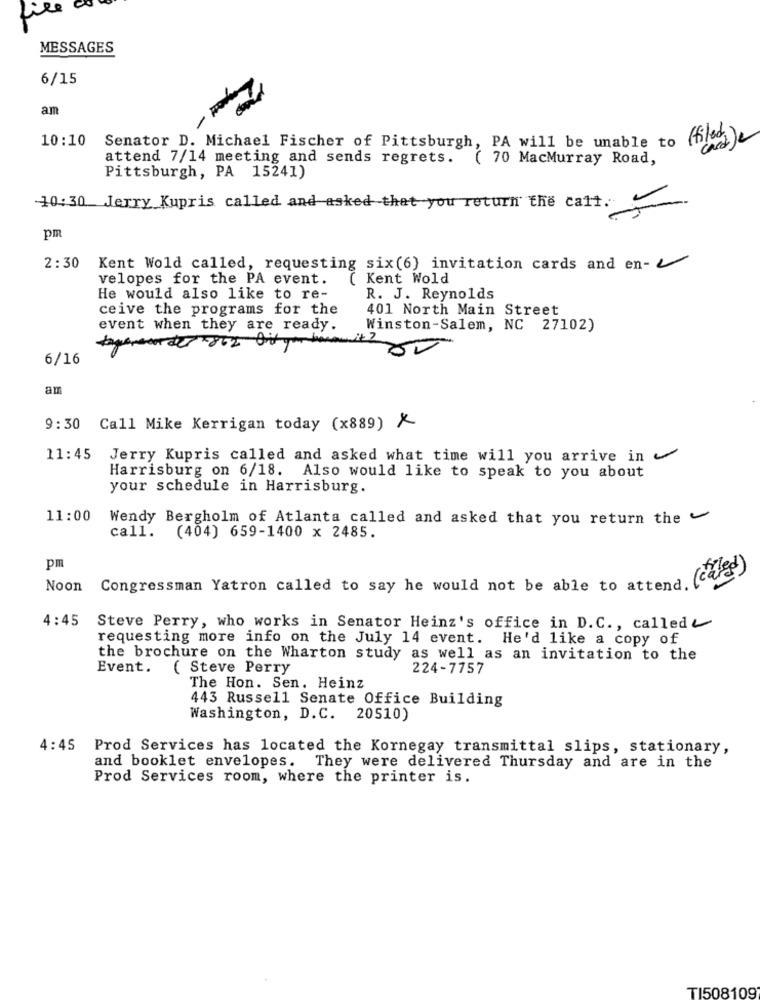
file
MESSAGES
6/15
am
10:10
(filed)e
Senator D. Michael Fischer of Pittsburgh, PA will be unable to
attend 7/14 meeting and sends regrets.
( 70 MacMurray Road,
Pittsburgh, PA 15241)
10:30 Jerry Kupris called and asked that you return the cart.
pm
2:30
Kent Wold called, requesting six(6) invitation cards and en-
velopes for the PA event.
( Kent Wold
He would also like to re-
R. J. Reynolds
ceive the programs for the
401 North Main Street
event when they are ready.
Winston-Salem, NC 27102)
6/16
am
9:30 Call Mike Kerrigan today (x889) ×
11:45 Jerry Kupris called and asked what time will you arrive in ~
Harrisburg on 6/18. Also would like to speak to you about
your schedule in Harrisburg.
11:00
Wendy Bergholm of Atlanta called and asked that you return the
call. (404) 659-1400 x 2485.
pm
Noon
Congressman Yatron called to say he would not be able to attend. (care)
4:45
Steve Perry, who works in Senator Heinz's office in D.C ., called
requesting more info on the July 14 event. He'd like a copy of
the brochure on the Wharton study as well as an invitation to the
Event. ( Steve Perry
224-7757
The Hon. Sen. Heinz
443 Russell Senate Office Building
Washington, D.C. 20510)
4:45 Prod Services has located the Kornegay transmittal slips, stationary,
and booklet envelopes. They were delivered Thursday and are in the
Prod Services room, where the printer is.
TI508109